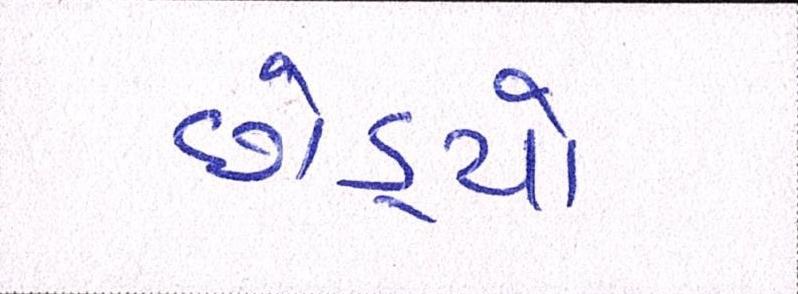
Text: છોડ્યો